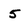
Character: 5